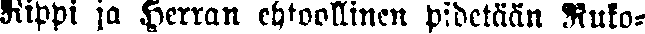
Rippi ja Herran ehtoollinen pidetään Ruko-